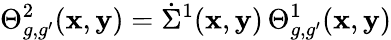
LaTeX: \Theta_{g,g^{\prime}}^{2}(\mathbf x,\mathbf y)=\dot{\Sigma}^{1}(\mathbf x,\mathbf y)\, \Theta_{g,g^{\prime}}^{1}(\mathbf x,\mathbf y)